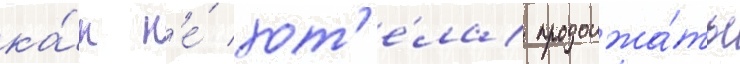
ка́к н'е́ хот'е́ла продолжа́ть